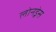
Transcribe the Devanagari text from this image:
लोनड्रेस